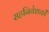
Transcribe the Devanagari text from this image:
सहनिवेशकों